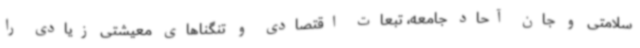
سلامتی و جان آحاد جامعه، تبعات اقتصادی و تنگناهای معیشتی زیادی را